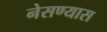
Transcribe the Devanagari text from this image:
नेसण्यास